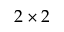
2 \times 2